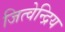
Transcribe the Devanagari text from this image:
जित्वेन्द्रिय